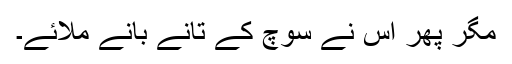
مگر پھر اس نے سوچ کے تانے بانے ملائے۔